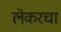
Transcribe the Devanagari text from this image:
लेकरचा